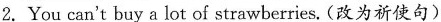
2.You can't buy a lot of strawberries.(改为祈使句)